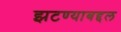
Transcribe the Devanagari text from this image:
झटण्याबद्दल